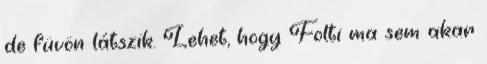
de füvön látszik. Lehet, hogy Folti ma sem akar